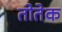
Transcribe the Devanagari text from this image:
तोतेक